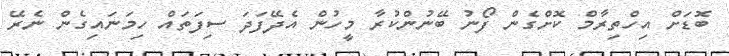
ބޮޑަށް އިހްތިރާމް ކޮށްގެން ފޯނު ބޭނުންކުރާ މީހުން އެދޭފަދަ ސިފަތައް ހިމަނައިގެން ނެރޭ